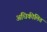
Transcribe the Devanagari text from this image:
अधिकीलित